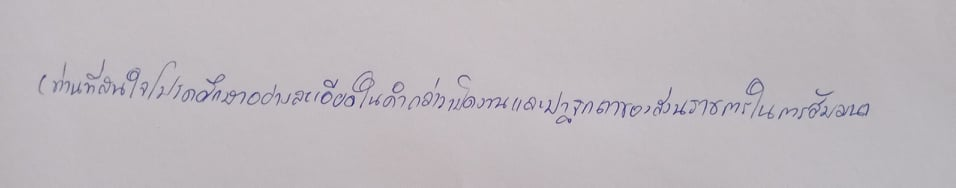
(ท่านที่สนใจโปรดศึกษาอย่างละเอียดในคำกล่าวเปิดงานและปาฐกถาของส่วนราชการในการสัมมนา